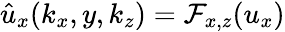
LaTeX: \hat{u}_{x}(k_{x},y,k_{z})=\mathcal{F}_{x,z}(u_{x})